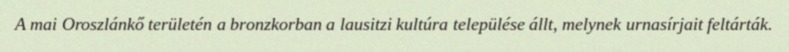
A mai Oroszlánkő területén a bronzkorban a lausitzi kultúra települése állt, melynek urnasírjait feltárták.